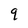
Character: q